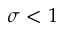
\sigma < 1